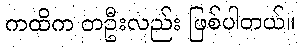
ကထိက တဦးလည်း ဖြစ်ပါတယ်။